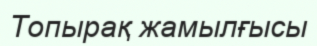
Топырақ жамылғысы